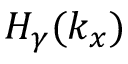
H _ { \gamma } ( k _ { x } )